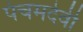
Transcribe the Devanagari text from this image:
पंचमदेवी